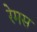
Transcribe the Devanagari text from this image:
रेमस